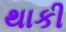
થાકી